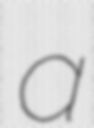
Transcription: a